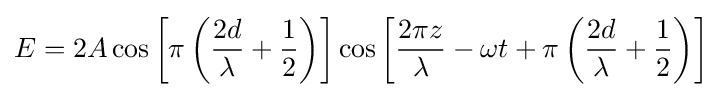
E=2A\cos \left[\pi \left({2d \over \lambda }+{1 \over 2}\right)\right]\cos \left[{2\pi z \over \lambda }-\omega t+\pi \left({2d \over \lambda }+{1 \over 2}\right)\right]